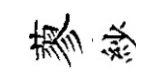
蓼紗